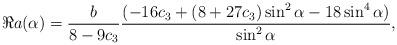
LaTeX: \begin{align*}\Re a(\alpha) = \frac{b}{8-9c_{3}} \frac{(-16c_{3} + (8+27c_{3})\sin^{2}\alpha - 18 \sin^{4}\alpha)}{\sin^{2}\alpha},\end{align*}